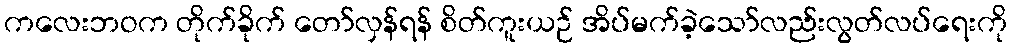
ကလေးဘဝက တိုက်ခိုက် တော်လှန်ရန် စိတ်ကူးယဉ် အိပ်မက်ခဲ့သော်လည်းလွတ်လပ်ရေးကို